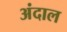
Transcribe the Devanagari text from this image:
अंदाल